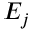
E _ { j }